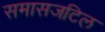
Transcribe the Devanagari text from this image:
समासजटिल